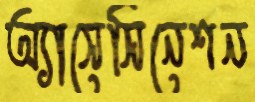
অ্যাসেসিনেশন